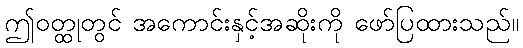
ဤဝတ္ထုတွင် အကောင်းနှင့်အဆိုးကို ဖော်ပြထားသည်။